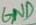
Text: GND